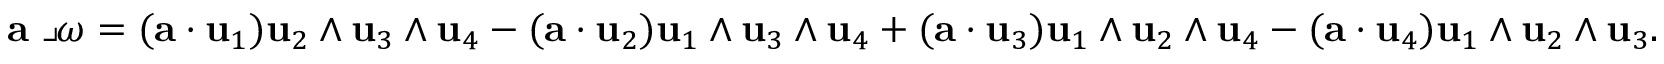
{ \bf a } \lrcorner \boldsymbol { \omega } = ( { \bf a } \cdot { \bf u } _ { 1 } ) { \bf u } _ { 2 } \wedge { \bf u } _ { 3 } \wedge { \bf u } _ { 4 } - ( { \bf a } \cdot { \bf u } _ { 2 } ) { \bf u } _ { 1 } \wedge { \bf u } _ { 3 } \wedge { \bf u } _ { 4 } + ( { \bf a } \cdot { \bf u } _ { 3 } ) { \bf u } _ { 1 } \wedge { \bf u } _ { 2 } \wedge { \bf u } _ { 4 } - ( { \bf a } \cdot { \bf u } _ { 4 } ) { \bf u } _ { 1 } \wedge { \bf u } _ { 2 } \wedge { \bf u } _ { 3 } .